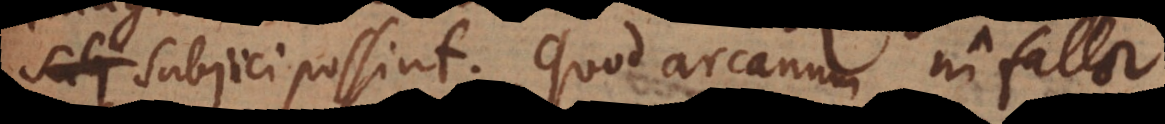
subjici possint. Quod arcanum ni fallor